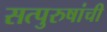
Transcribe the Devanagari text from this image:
सत्‍पुरुषांची